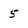
Character: 5